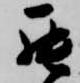
罷